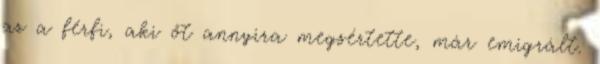
az a férfi, aki őt annyira megsértette, már emigrált.